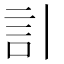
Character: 𧥞